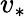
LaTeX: v_{*}